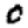
Digit: 0